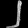
Digit: ၂